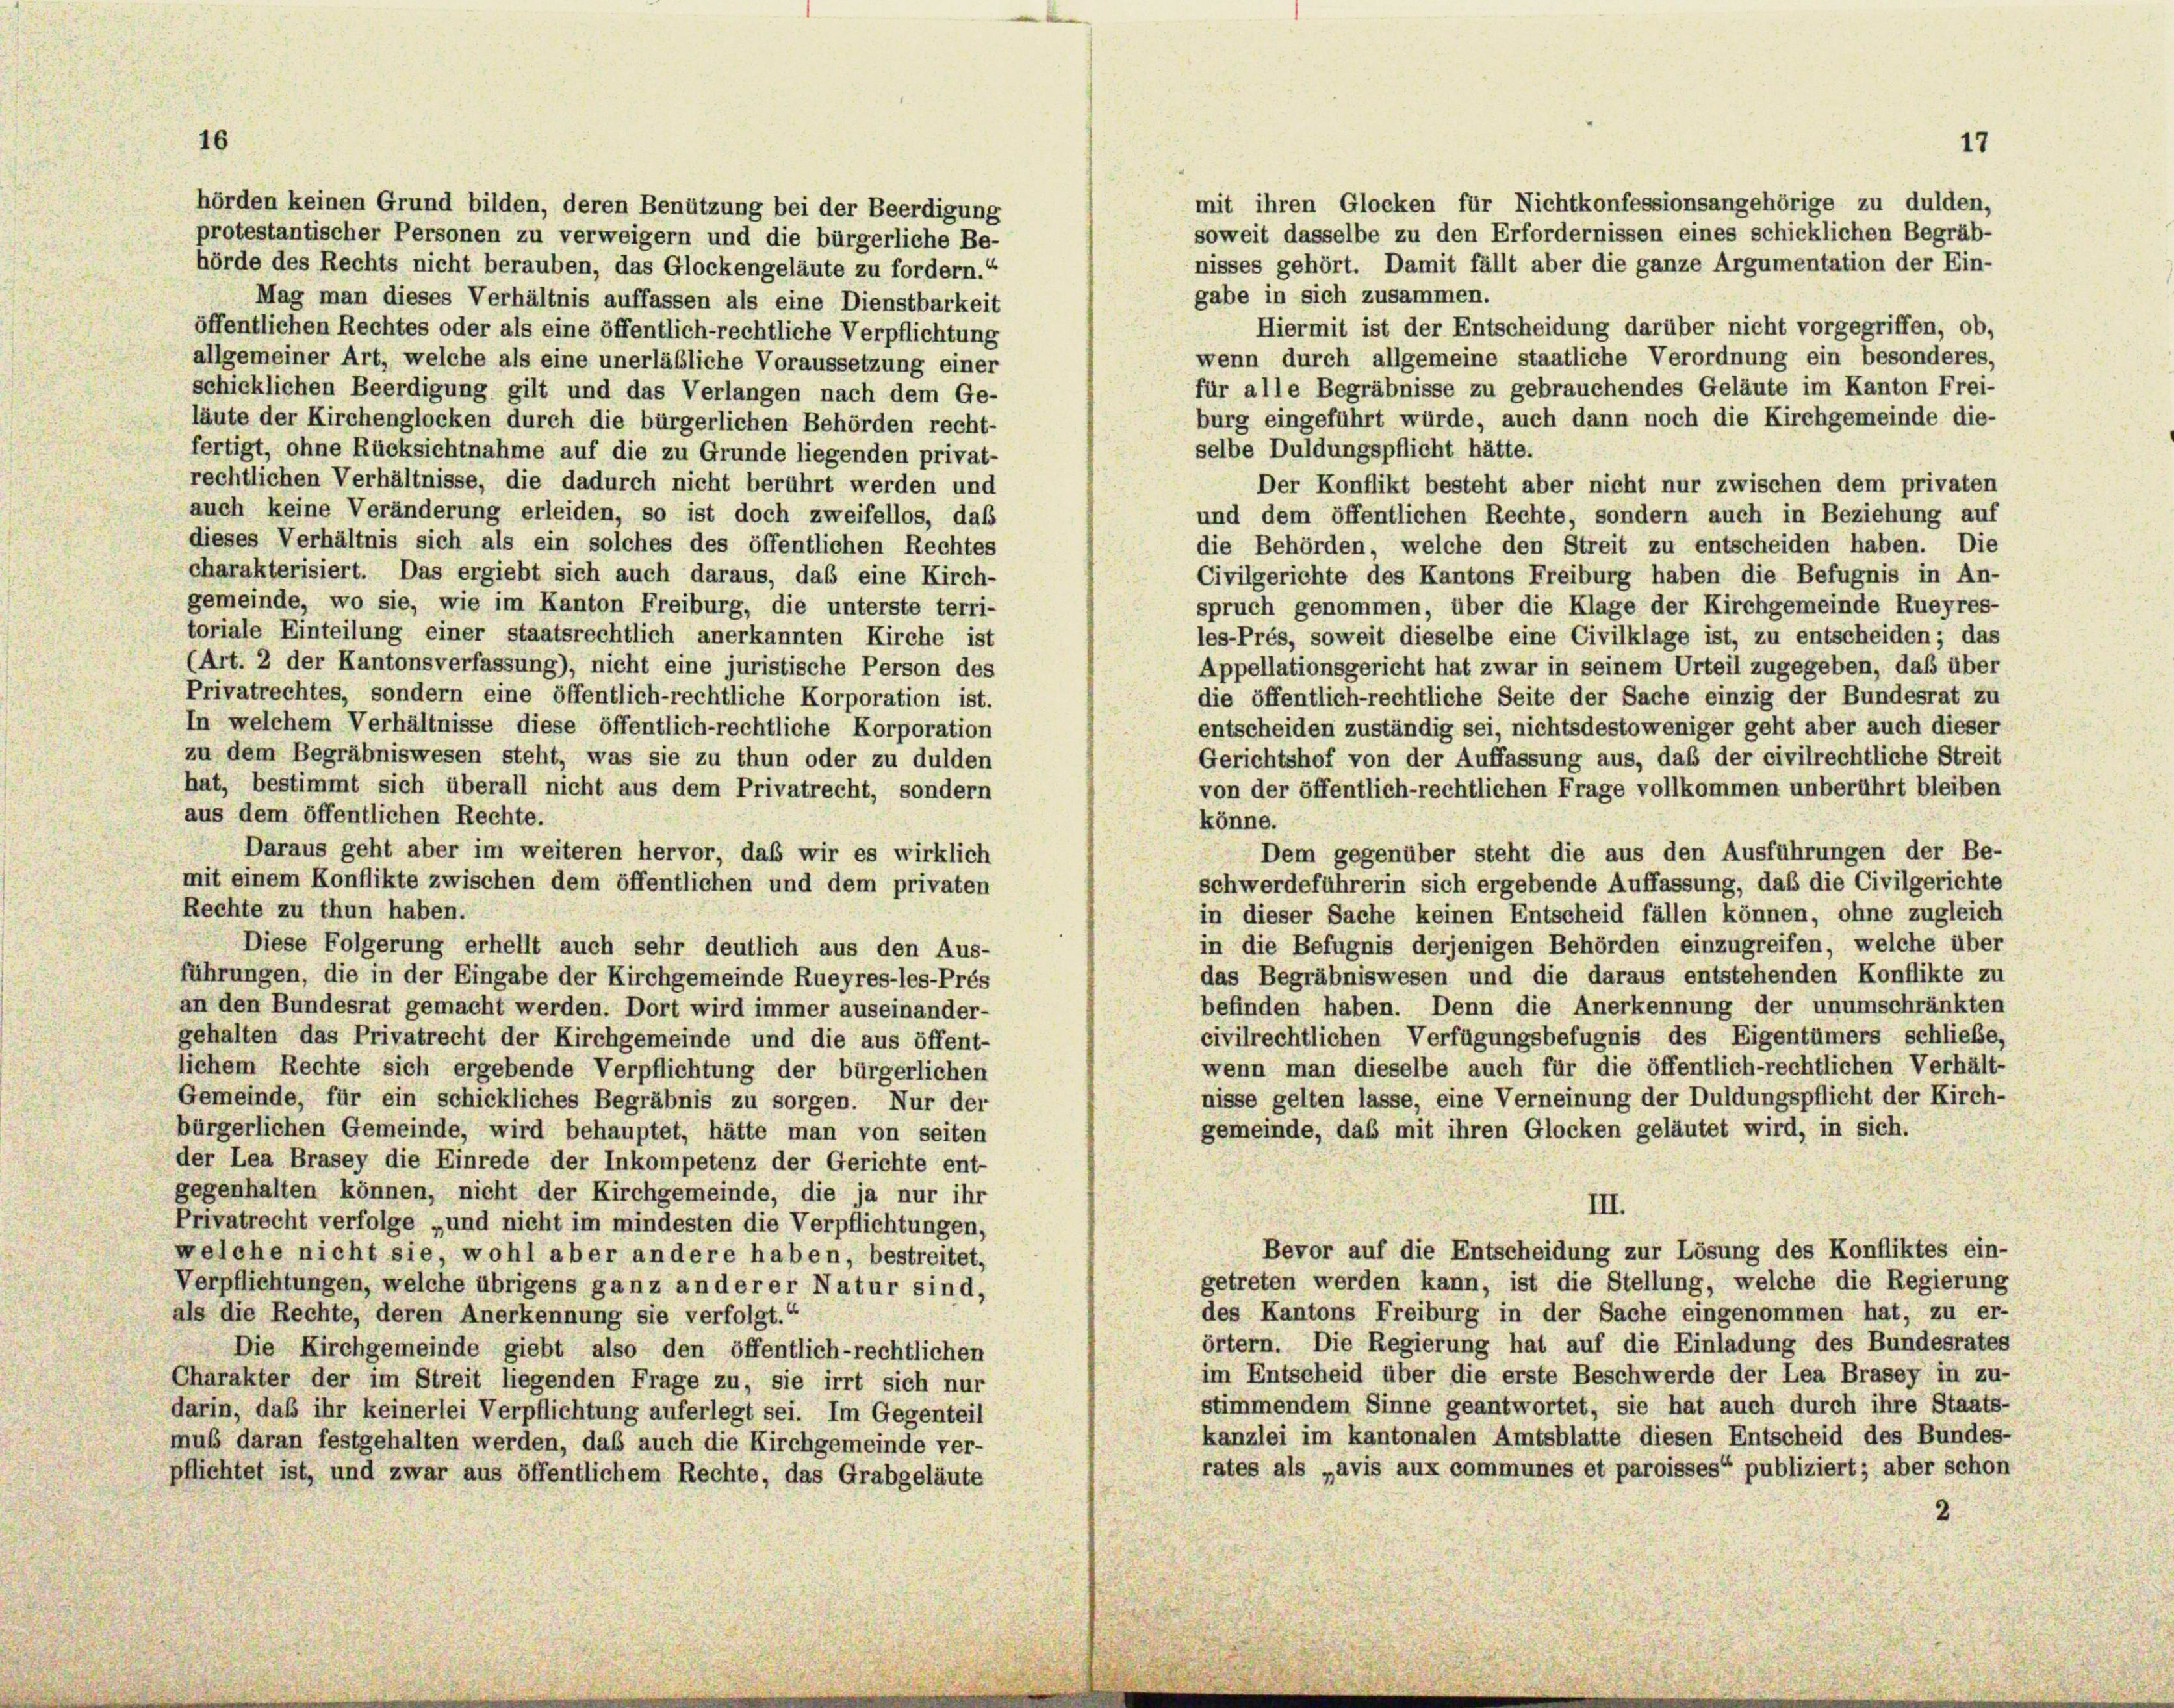
mit ihren Glocken für Nichtkonfessionsangehörige zu dulden,
hörden keinen Grund bilden, deren Benützung bei der Beerdigung
soweit dasselbe zu den Erfordernissen eines schicklichen Begräb-
protestantischer Personen zu verweigern und die bürgerliche Be-
nisses gehört. Damit fällt aber die ganze Argumentation der Ein-
hörde des Rechts nicht berauben, das Glockengeläute zu fordern.
gabe in sich zusammen.
Mag man dieses Verhältnis auffassen als eine Dienstbarkeit
Hiermit ist der Entscheidung darüber nicht vorgegriffen, ob,
öffentlichen Rechtes oder als eine öffentlich-rechtliche Verpflichtung
wenn durch allgemeine staatliche Verordnung ein besonderes,
allgemeiner Art, welche als eine unerläßliche Voraussetzung einer
für alle Begräbnisse zu gebrauchendes Geläute im Kanton Frei-
schicklichen Beerdigung gilt und das Verlangen nach dem Ge-
burg eingeführt würde, auch dann noch die Kirchgemeinde die-
läute der Kirchenglocken durch die bürgerlichen Behörden recht-
selbe Duldungspflicht hätte.
fertigt, ohne Rücksichtnahme auf die zu Grunde liegenden privat-
rechtlichen Verhältnisse, die dadurch nicht berührt werden und
Der Konflikt besteht aber nicht nur zwischen dem privaten
auch keine Veränderung erleiden, so ist doch zweifellos, daß
und dem öffentlichen Rechte, sondern auch in Beziehung auf
dieses Verhältnis sich als ein solches des öffentlichen Rechtes
die Behörden, welche den Streit zu entscheiden haben. Die
charakterisiert. Das ergiebt sich auch daraus, das eine Kirch-
Civilgerichte des Kantons Freiburg haben die Befugnis in An-
gemeinde, wo sie, wie im Kanton Freiburg, die unterste terri-
spruch genommen, über die Klage der Kirchgemeinde Rueyres-
toriale Einteilung einer staatsrechtlich anerkannten Kirche ist
les-Prés, soweit dieselbe eine Civilklage ist, zu entscheiden; das
(Art. 2 der Kantonsverfassung), nicht eine juristische Person des
Appellationsgericht hat zwar in seinem Urteil zugegeben, daß über
Privatrechtes, sondern eine öffentlich-rechtliche Korporation ist.
die öffentlich-rechtliche Seite der Sache einzig der Bundesrat zu
In welchem Verhältnisse diese öffentlich-rechtliche Korporation
entscheiden zuständig sei, nichtsdestoweniger geht aber auch dieser
zu dem Begräbniswesen steht, was sie zu thun oder zu dulden
Gerichtshof von der Auffassung aus, daß der civilrechtliche Streit
hat, bestimmt sich überall nicht aus dem Privatrecht, sondern
von der öffentlich-rechtlichen Frage vollkommen unberührt bleiben
aus dem öffentlichen Rechte.
könne.
Daraus geht aber im weiteren hervor, daß wir es wirklich
Dem gegenüber steht die aus den Ausführungen der Be-
mit einem Konflikte zwischen dem öffentlichen und dem privaten
schwerdeführerin sich ergebende Auffassung, daß die Civilgerichte
Rechte zu thun haben.
in dieser Sache keinen Entscheid fällen können, ohne zugleich
in die Befugnis derjenigen Behörden einzugreifen, welche über
Diese Folgerung erhellt auch sehr deutlich aus den Aus-
das Begräbniswesen und die daraus entstehenden Konflikte zu
führungen, die in der Eingabe der Kirchgemeinde Rueyres-les-Prés
befinden haben. Denn die Anerkennung der unumschränkten
an den Bundesrat gemacht werden. Dort wird immer auseinander-
civilrechtlichen Verfügungsbefugnis des Eigentümers schließe,
gehalten das Privatrecht der Kirchgemeinde und die aus öffent-
wenn man dieselbe auch für die öffentlich-rechtlichen Verhält-
lichem Rechte sich ergebende Verpflichtung der bürgerlichen
nisse gelten lasse, eine Verneinung der Duldungspflicht der Kirch-
Gemeinde, für ein schickliches Begräbnis zu sorgen. Nur der
gemeinde, das mit ihren Glocken geläutet wird, in sich.
bürgerlichen Gemeinde, wird behauptet, hätte man von seiten
der Lea Brasey die Einrede der Inkompetenz der Gerichte ent-
gegenhalten können, nicht der Kirchgemeinde, die ja nur ihr
III.
Privatrecht verfolge „und nicht im mindesten die Verpflichtungen,
Bevor auf die Entscheidung zur Lösung des Konfliktes ein-
welche nicht sie, wohl aber andere haben, bestreitet,
getreten werden kann, ist die Stellung, welche die Regierung
Verpflichtungen, welche übrigens ganz anderer Natur sind,
des Kantons Freiburg in der Sache eingenommen hat, zu er-
als die Rechte, deren Anerkennung sie verfolgt.“
örtern. Die Regierung hat auf die Einladung des Bundesrates
Die Kirchgemeinde giebt also den öffentlich-rechtlichen
im Entscheid über die erste Beschwerde der Lea Brasey in zu-
Charakter der im Streit liegenden Frage zu, sie irrt sich nur
stimmendem Sinne geantwortet, sie hat auch durch ihre Staats-
darin, daß ihr keinerlei Verpflichtung auferlegt sei. Im Gegenteil
kanzlei im kantonalen Amtsblatte diesen Entscheid des Bundes-
mub daran festgehalten werden, das auch die Kirchgemeinde ver-
rates als „avis aux communes et paroisses“ publiziert; aber schon
pflichtet ist, und zwar aus öffentlichem Rechte, das Grabgeläute
2